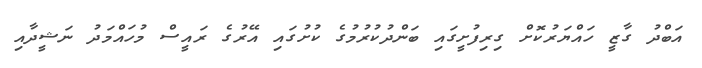
އަބްދު ގާޒީ ހައްޔަރުކޮށް ގިރިފުށީގައި ބަންދުކުރުމުގެ ކުށުގައި އޭރުގެ ރައީސް މުހައްމަދު ނަޝީދާއި